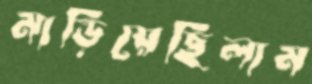
মাড়িয়েছিলাম